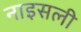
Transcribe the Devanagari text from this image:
नाइसली